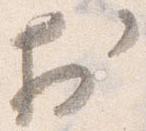
於